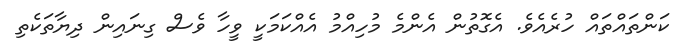
ކަންތައްތައް ހުރެއެވެ. އެގޮތުން އެންމެ މުހިއްމު އެއްކަމަކީ ވީހާ ވެސް ގިނައިން ދިޔާތަކެތި